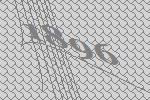
1896